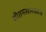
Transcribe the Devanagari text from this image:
गौतमसारखाच